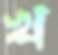
খ